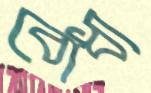
বোধ্য